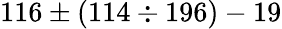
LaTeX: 116\pm(114\div 196)-19